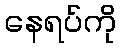
နေရပ်ကို